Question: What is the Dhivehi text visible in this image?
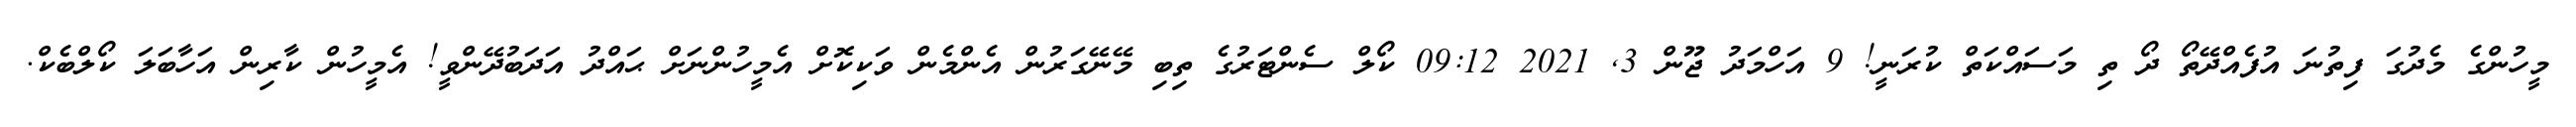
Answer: މީހުންގެ މެދުގަ ފިތުނަ އުފެއްދޭތޯ ދޯ ތި މަސައްކަތް ކުރަނީ! 9 އަހްމަދު ޖޫން 3, 2021 09:12 ކޯލް ސެންޓަރުގެ ތިބި މޭނޭގަރުން އެންމެން ވަކިކޮށް އެމީހުންނަށް ޙައްދު އަދަބުދޭންވީ! އެމީހުން ކާރިން އަހާބަލަ ކޯލްބެކް.